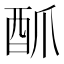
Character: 𮠜